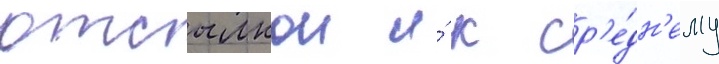
отсылкои и́ к ср'е́дн'ему